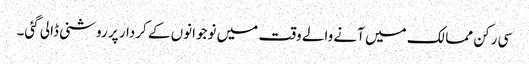
سی رکن ممالک میں آنے والے وقت میں نوجوانوں کے کردار پر روشنی ڈالی گئی۔